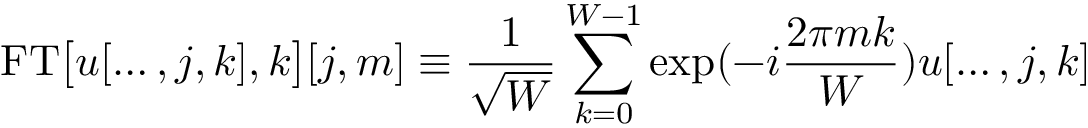
\mathrm { F T } \big [ u [ \ldots , j , k ] , k \big ] [ j , m ] \equiv \frac { 1 } { \sqrt { W } } \sum _ { k = 0 } ^ { W - 1 } \exp ( - i \frac { 2 \pi m k } { W } ) u [ \ldots , j , k ]